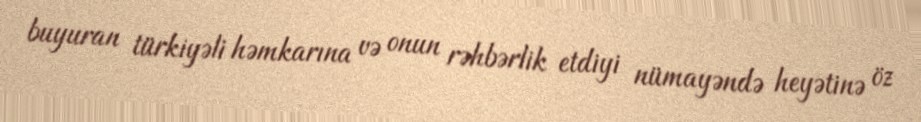
buyuran türkiyəli həmkarına və onun rəhbərlik etdiyi nümayəndə heyətinə öz